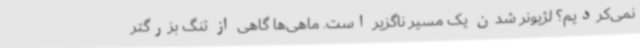
نمی‌کردیم؟ لژیونر شدن یک مسیر ناگزیر است. ماهی‌ها گاهی از تنگ بزرگتر